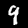
Label: 4